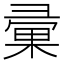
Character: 彚